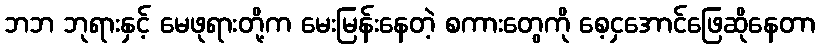
ဘဘ ဘုရားနှင့် မေဖုရားတို့က မေးမြန်းနေတဲ့ စကားတွေကို စေ့ငှအောင်ဖြေဆိုနေတာ